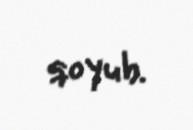
qoyub.